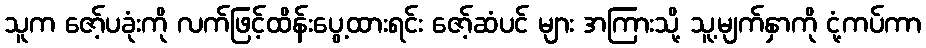
သူက ဇော့်ပခုံးကို လက်ဖြင့်ထိန်းပွေ့ထားရင်း ဇော့်ဆံပင် များ အကြားသို့ သူ့မျက်နှာကို ငုံ့ကပ်ကာ